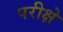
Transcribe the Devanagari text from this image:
परीक्षे